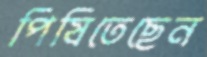
পিষিতেছেন